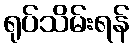
ရုပ်သိမ်းရန်